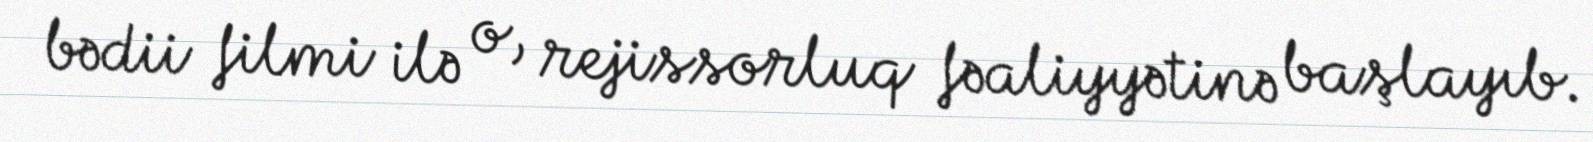
bədii filmi ilə o, rejissorluq fəaliyyətinə başlayıb.